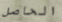
الحاصل